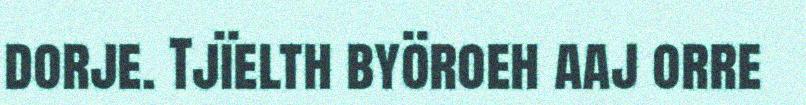
dorje. Tjïelth byöroeh aaj orre